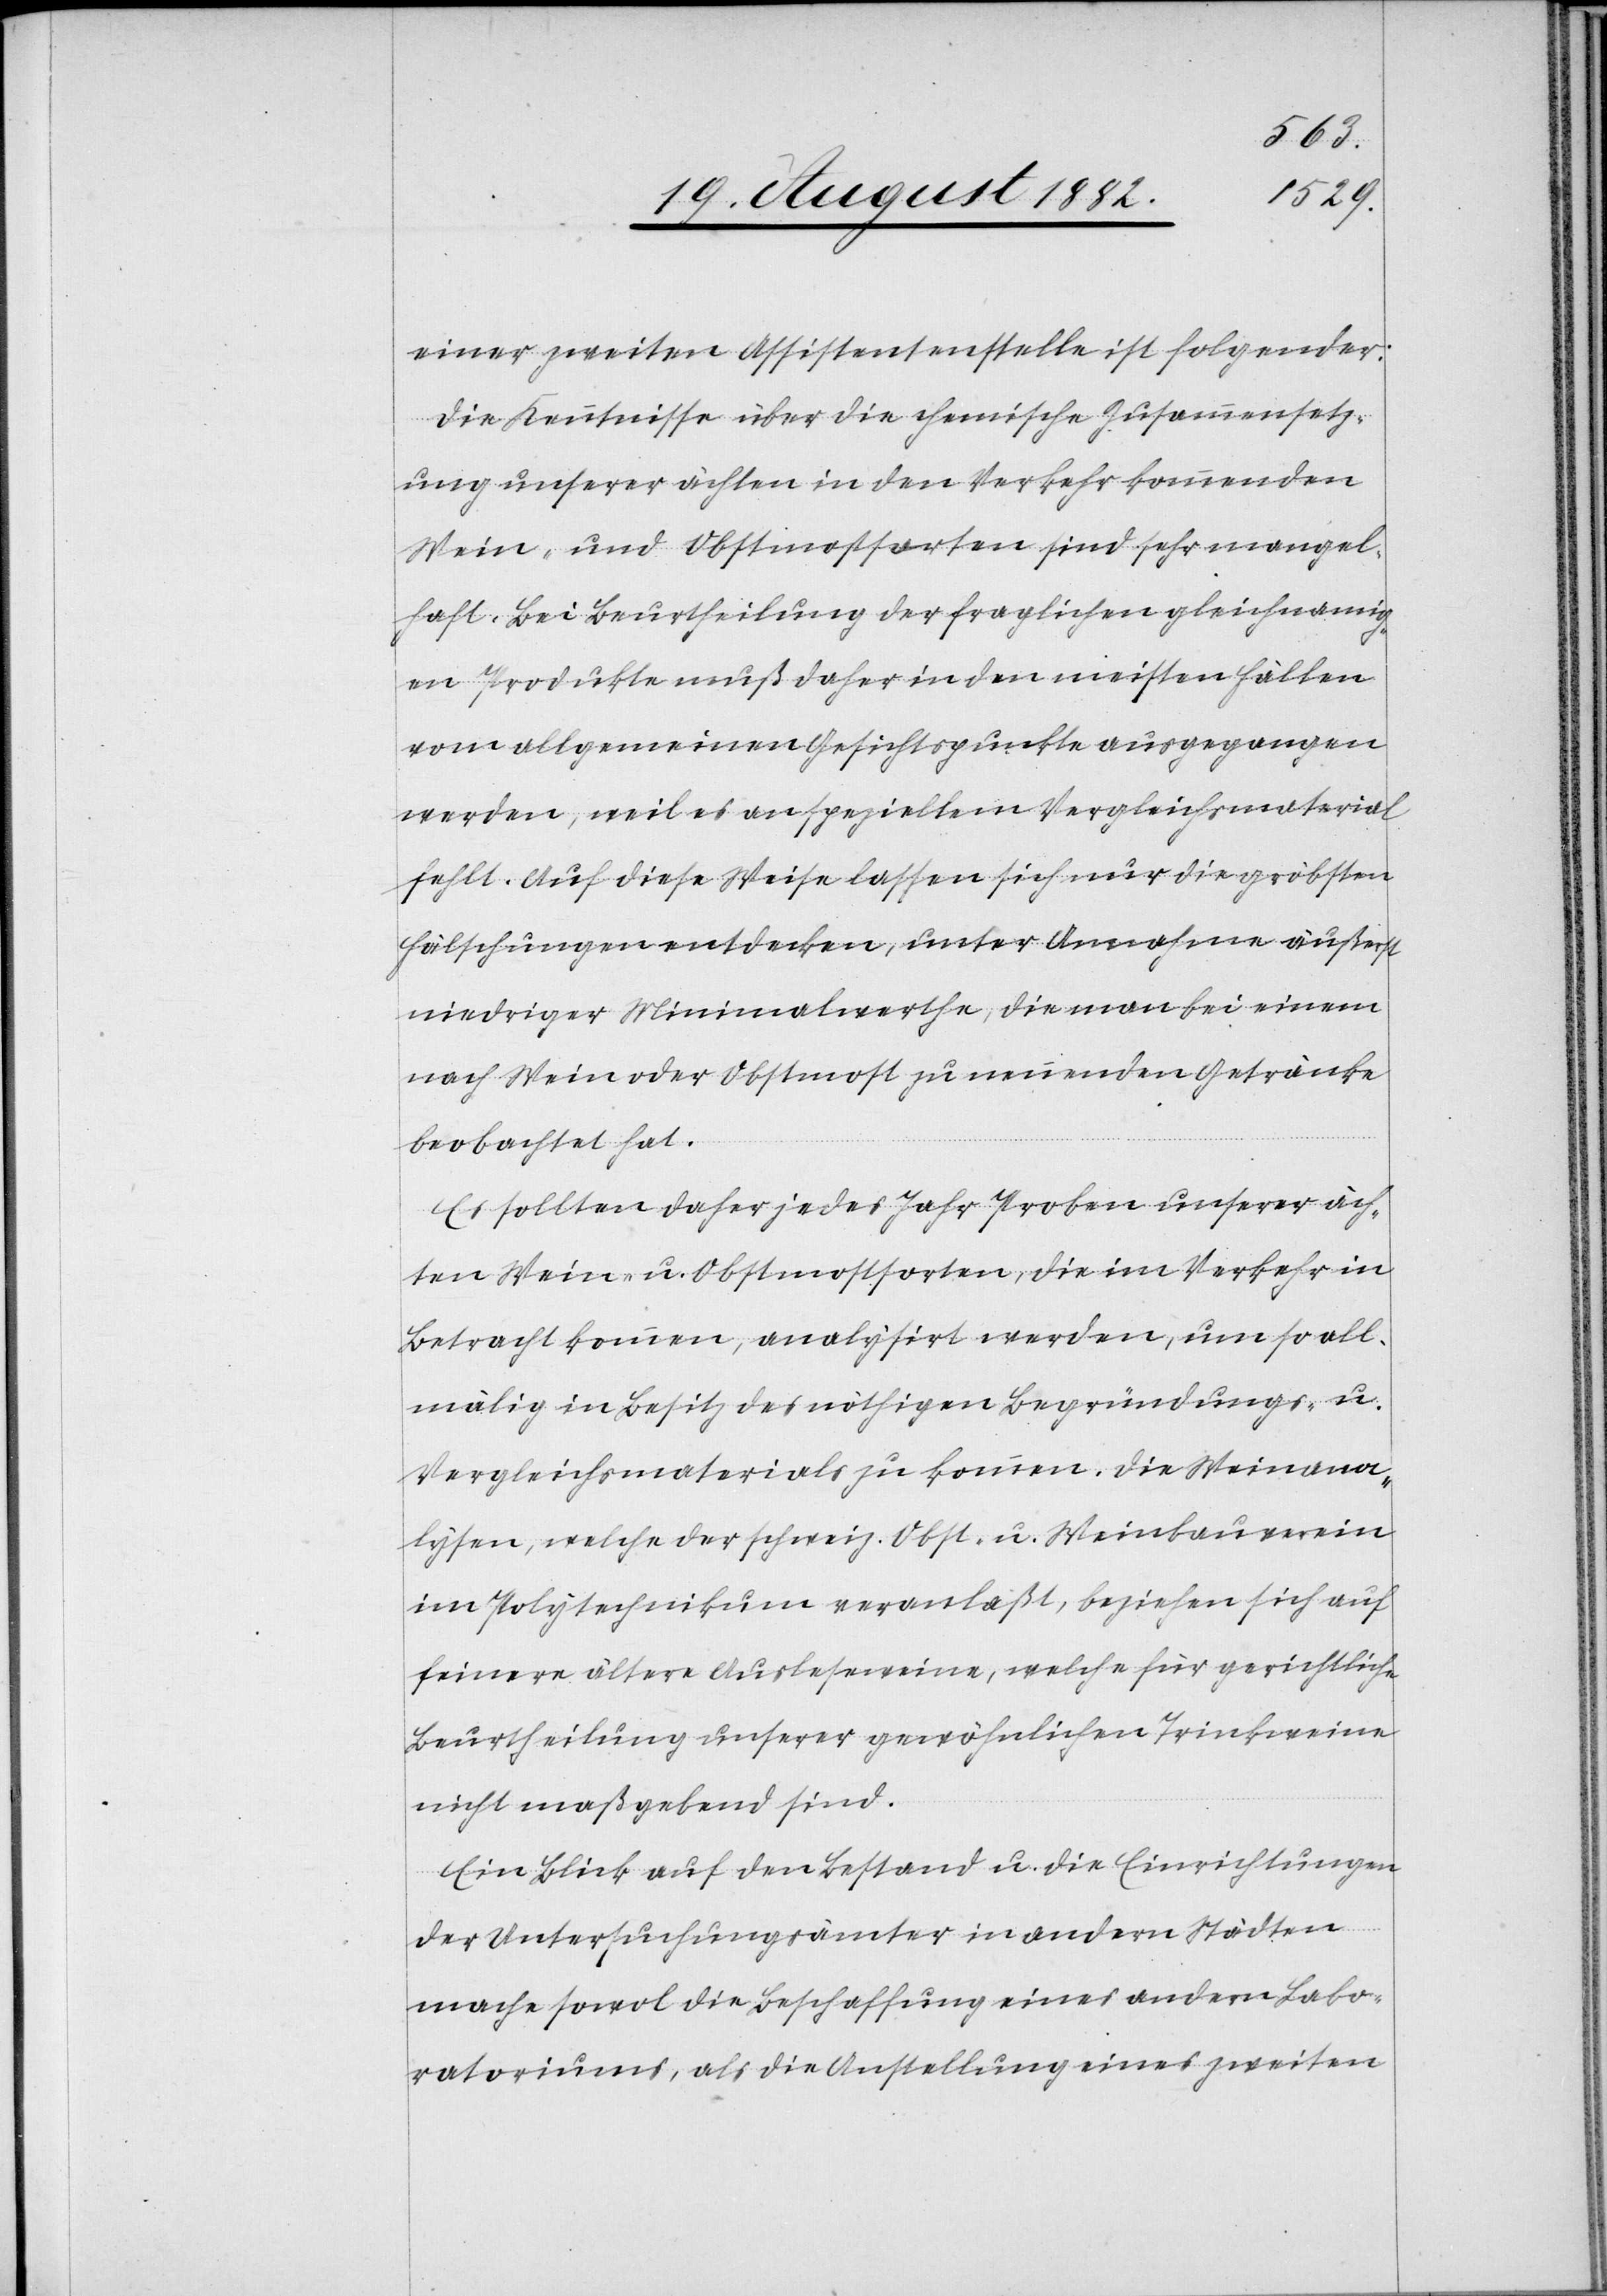
einer zweiten Assistentenstelle ist folgender:
Die Kenntnisse über die chemische Zusammensetz¬
ung unserer ächten in den Verkehr kommenden
Wein- und Obstmostarten sind sehr mangel¬
haft. Bei Beurtheilung der fraglichen gleichnamig¬
en Produkte muß daher in den meisten Fällen
vom allgemeinen Gesichtspunkte ausgegangen
werden, weil es an speziellem Vergleichsmaterial
fehlt. Auf diese Weise lassen sich nur die gröbsten
Fälschungen entdecken, unter Annahme äußerst
niedriger Minimalwerthe, die man bei einem
noch Wein oder Obstmost zu nennenden Getränke
beobachtet hat.
Es sollten daher jedes Jahr Proben unserer äch¬
ten Wein- und Obstmostsorten, die im Verkehr in
Betracht kommen, analysiert werden, um so all¬
mälig in Besitz des nöthigen Begründungs- u.
Vergleichsmaterials zu kommen. Die Weinana¬
lysen, welche der schweiz. Obst- u. Weinbauverein
im Polytechnikum veranlaßt, beziehen sich auf
feinere ältere Ausleseweine, welche für gerichtliche
Beurtheilung unserer gewöhnlichen Trinkweine
nicht maßgebend sind.
Ein Blick auf den Bestand u. die Einrichtungen
der Untersuchungsämter in andern Städten
mache sowol die Beschaffung eines andern Labo¬
ratoriums, als die Anstellung eines zweiten